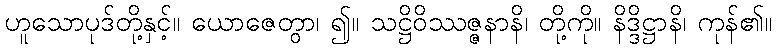
ဟူသောပုဒ်တို့နှင့်။ ယောဇေတွာ၊ ၍။ သဋ္ဌိဝိဿဇ္ဇနာနိ၊ တို့ကို။ နိဒ္ဒိဋ္ဌာနိ၊ ကုန်၏။